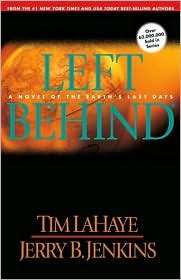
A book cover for Left Behind (Book 1) 1st ed/1st printing edition; Tim LaHaye; Christian Books & Bibles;